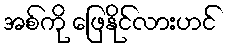
အစ်ကို ဖြေနိုင်လားဟင်